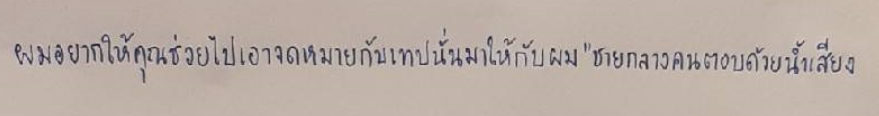
"ผมอยากให้คุณช่วยไปเอาจดหมายกับเทปนั่นมาให้ผม"ชายกลางคนตอบด้วยน้ำเสียง